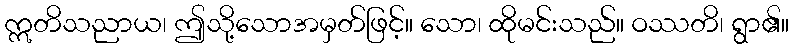
ဣတိသညာယ၊ ဤသို့သောအမှတ်ဖြင့်။ သော၊ ထိုမင်းသည်။ ဝဿတိ၊ ရွာ၏။